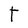
Character: T